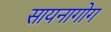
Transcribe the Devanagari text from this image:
सायनागोग